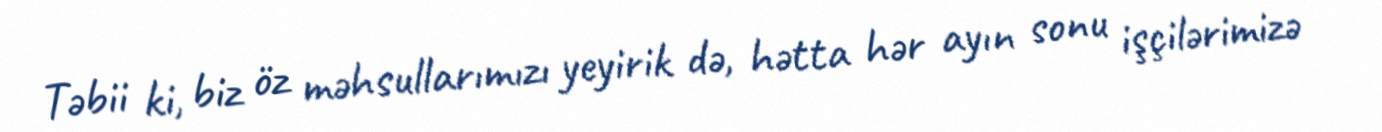
Təbii ki, biz öz məhsullarımızı yeyirik də, hətta hər ayın sonu işçilərimizə